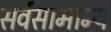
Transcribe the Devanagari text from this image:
सर्वसामान्‍य